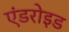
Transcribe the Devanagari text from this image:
एंडरोइड